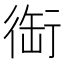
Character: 䘖